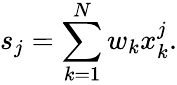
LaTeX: s_{j}=\sum_{k=1}^{N}w_{k}x_{k}^{j}.